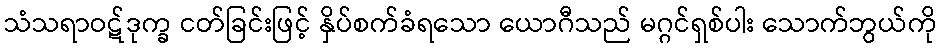
သံသရာဝဋ်ဒုက္ခ ငတ်ခြင်းဖြင့် နှိပ်စက်ခံရသော ယောဂီသည် မဂ္ဂင်ရှစ်ပါး သောက်ဘွယ်ကို